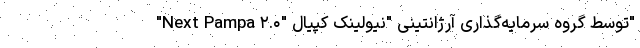
"Next Pampa ۲.۰" توسط گروه سرمایه‌گذاری آرژانتینی "نیولینک کپیال"